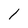
Character: l